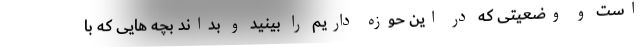
است و وضعیتی که در این حوزه داریم را بینید و بداند بچه هایی که با